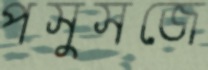
পসুসজে